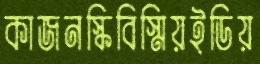
কাজনস্কিবিস্মিয়ইডিয়